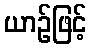
ယာဉ်ဖြင့်